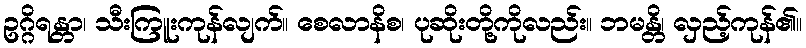
ဥဂ္ဂိရန္တာ၊ သီးကြူးကုန်လျက်။ စေလာနိစ၊ ပုဆိုးတို့ကိုလည်း။ ဘမန္တိ၊ လှည့်ကုန်၏။